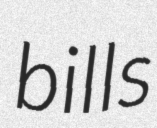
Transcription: bills